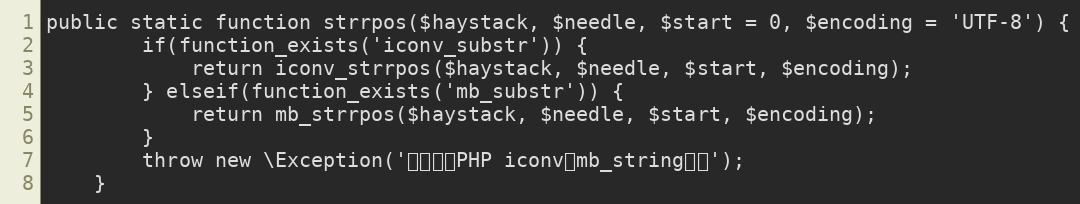
Language: PHP
public static function strrpos($haystack, $needle, $start = 0, $encoding = 'UTF-8') {
	    if(function_exists('iconv_substr')) {
	        return iconv_strrpos($haystack, $needle, $start, $encoding);
	    } elseif(function_exists('mb_substr')) {
	        return mb_strrpos($haystack, $needle, $start, $encoding);
	    }
	    throw new \Exception('请先安装PHP iconv或mb_string扩展');
	}